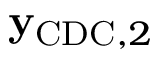
\mathbf { y } _ { \mathrm { C D C } , 2 }